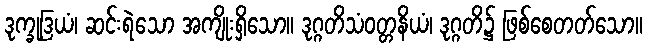
ဒုက္ခုဒြယံ၊ ဆင်းရဲသော အကျိုးရှိသော။ ဒုဂ္ဂတိသံဝတ္တနိယံ၊ ဒုဂ္ဂတိ၌ ဖြစ်စေတတ်သော။